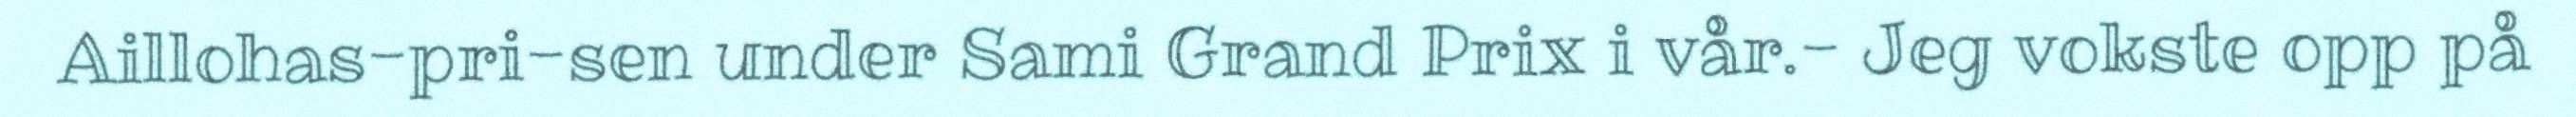
Aillohas-pri-sen under Sami Grand Prix i vår.- Jeg vokste opp på